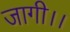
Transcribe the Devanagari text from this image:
जागी।।